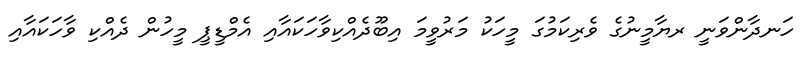
ހަނދާންވަނީ ރޔާމީނުގެ ވެރިކަމުގަ މީހަކު މަރުވީމަ އިބޫދެއްކިވާހަކައާއި އެމްޑީޕީ މީހުން ދެއްކި ވާހަކައާއި